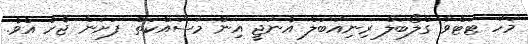
މަހު ޓަޓްވާ ގްލޯބަލް ރިނިއުބަލް އެނަޖީ އިން މަސައްކަތް ފަށަން ޖެހެ އެވެ.